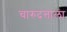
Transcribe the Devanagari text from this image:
चारुदत्ताला